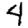
Digit: 4